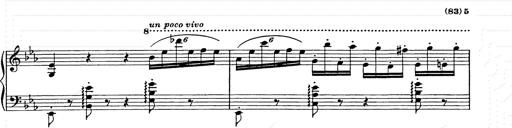
Title: Hungarian Rhapsody No.9
Composer: Franz Liszt
Key: E-flat major